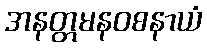
အနတ္တမနဝစနာယံ